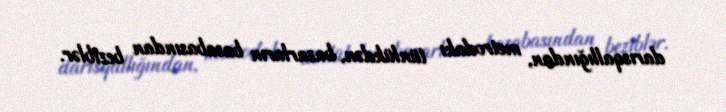
darısqallığından, metrodakı tünlükdən, bazarların basabasından beziblər.